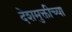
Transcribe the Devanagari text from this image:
देशमुक्तीच्या